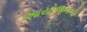
આયોજનનો